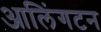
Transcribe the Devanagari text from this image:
आलिंगटन